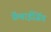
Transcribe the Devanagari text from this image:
फ्रेंचाईजिंग